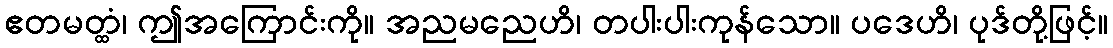
ဧတမတ္ထံ၊ ဤအကြောင်းကို။ အညမညေဟိ၊ တပါးပါးကုန်သော။ ပဒေဟိ၊ ပုဒ်တို့ဖြင့်။